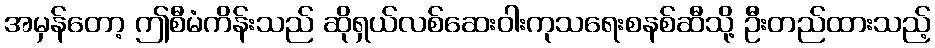
အမှန်တော့ ဤစီမံကိန်းသည် ဆိုရှယ်လစ်ဆေးဝါးကုသရေးစနစ်ဆီသို့ ဦးတည်ထားသည့်